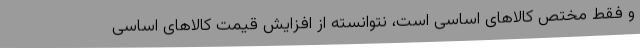
و فقط مختص کالاهای اساسی است، نتوانسته از افزایش قیمت کالاهای اساسی